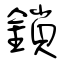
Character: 鎖